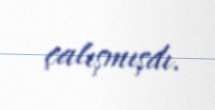
çalışmışdı.